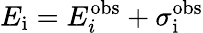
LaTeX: E_{\mathrm{i}}=E_{i}^{\mathrm{obs}}+\sigma_{\mathrm{i}}^{\mathrm{obs}}